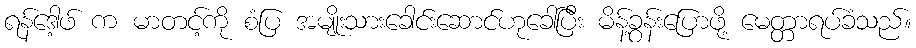
ရန်ဒေါ့ဖ် က မာတင့်ကို စံပြ အမျိုးသားခေါင်းဆောင်ဟုခေါ်ပြီး မိန့်ခွန်းပြောဖို့ မေတ္တာရပ်ခံသည်။